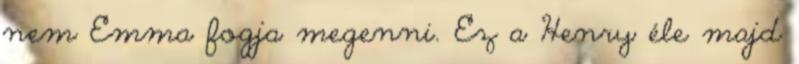
nem Emma fogja megenni. Ez a Henry éle majd